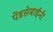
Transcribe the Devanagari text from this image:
पेंडसेबाईंनी